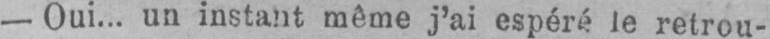
- Oui... un instant même j’ai espéra le retrou-